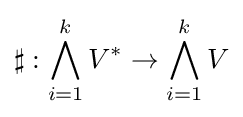
\sharp :\bigwedge _{i=1}^{k}V^{*}\to \bigwedge _{i=1}^{k}V